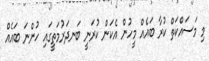
މި މަސައްކަތް ކުރާ ބައެއް މީހުން އެކަން ކުރަނީ ބަނދަރުމަތީގައި ހުންނަ ބައެއް